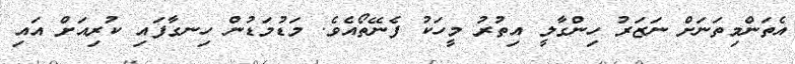
އެތަންމިތަނަށް ނަޒަރު ހިންގާލީ އިތުރު މީހަކު ފެނޭތޯއެވެ. މަޑުމަޑުން ހިނގާފައި ކުރިއަށް އައި